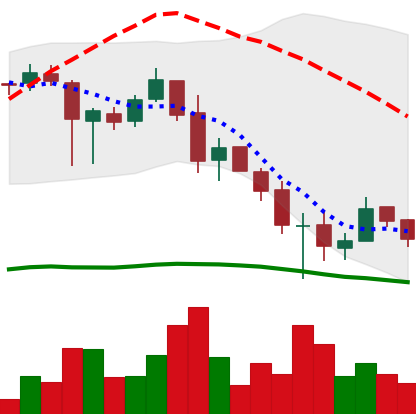
Ticker: XRP-USD
Chart end date: 2018-11-30
Forward return: -6.68%
Label: down_5_7